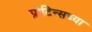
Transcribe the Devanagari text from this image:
प्रोटिन्सच्या